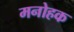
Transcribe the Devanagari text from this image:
मनोहक